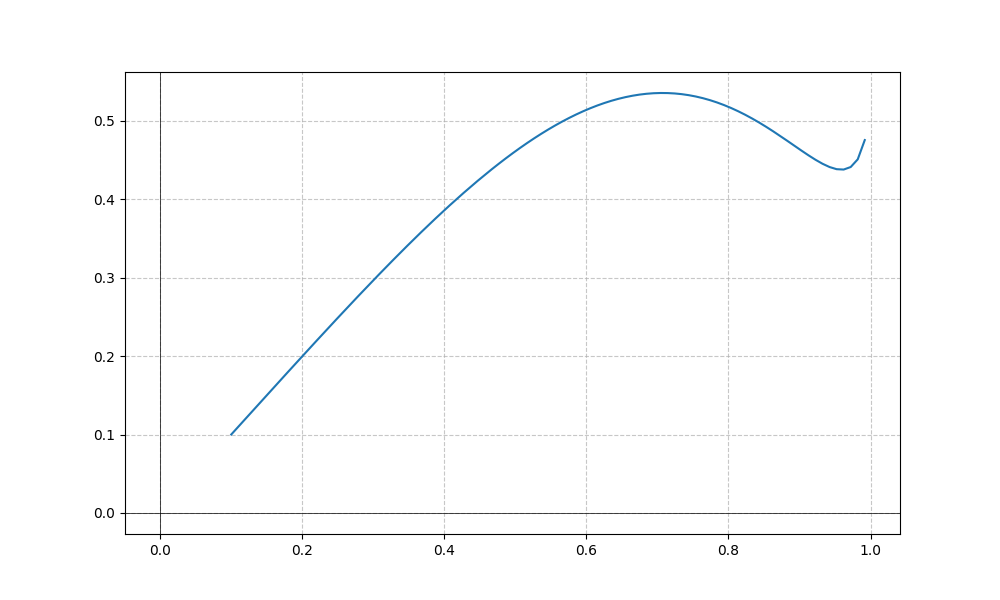
LaTeX formula: - x^{4} + \operatorname{asin}{\left(x \right)}